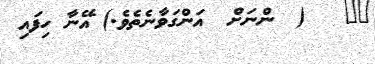
٣٠   (  ންނަށް  އަންގަވާނެތެވެ.) އޭނާ ހިފައި